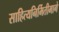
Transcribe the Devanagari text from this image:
साहित्यनिर्मितीमागे